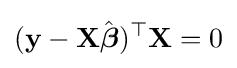
(\mathbf {y} -\mathbf {X} {\hat {\boldsymbol {\beta }}})^{\top }\mathbf {X} =0